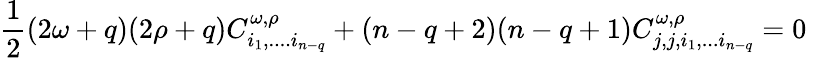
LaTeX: \frac 12(2\omega+q)(2\rho+q)C_{i_{1},....i_{n-q}}^{\omega,\rho}+(n-q+2)(n-q+1)C_{j,j,i_{1},...i_{n-q}}^{\omega,\rho}=0~~~